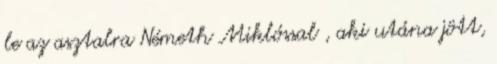
le az asztalra Németh Miklóssal , aki utána jött,